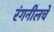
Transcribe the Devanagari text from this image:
रंगनीलचे